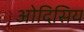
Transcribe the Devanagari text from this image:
ओदिसिय